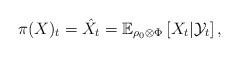
LaTeX: \begin{align*}\pi(X) _t & = \hat{X}_t = \mathbb{E}_{\rho_0 \otimes \Phi} \left[X_t | \mathcal{Y}_t\right],\end{align*}